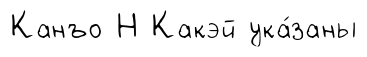
Канъо Н Какэй ука́заны